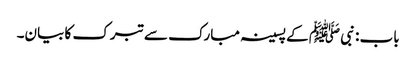
باب : نبی ﷺ کے پسینہ مبارک سے تبرک کا بیان۔